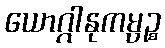
ယောဂ္ဂါနုကမ္ပဉ္စ